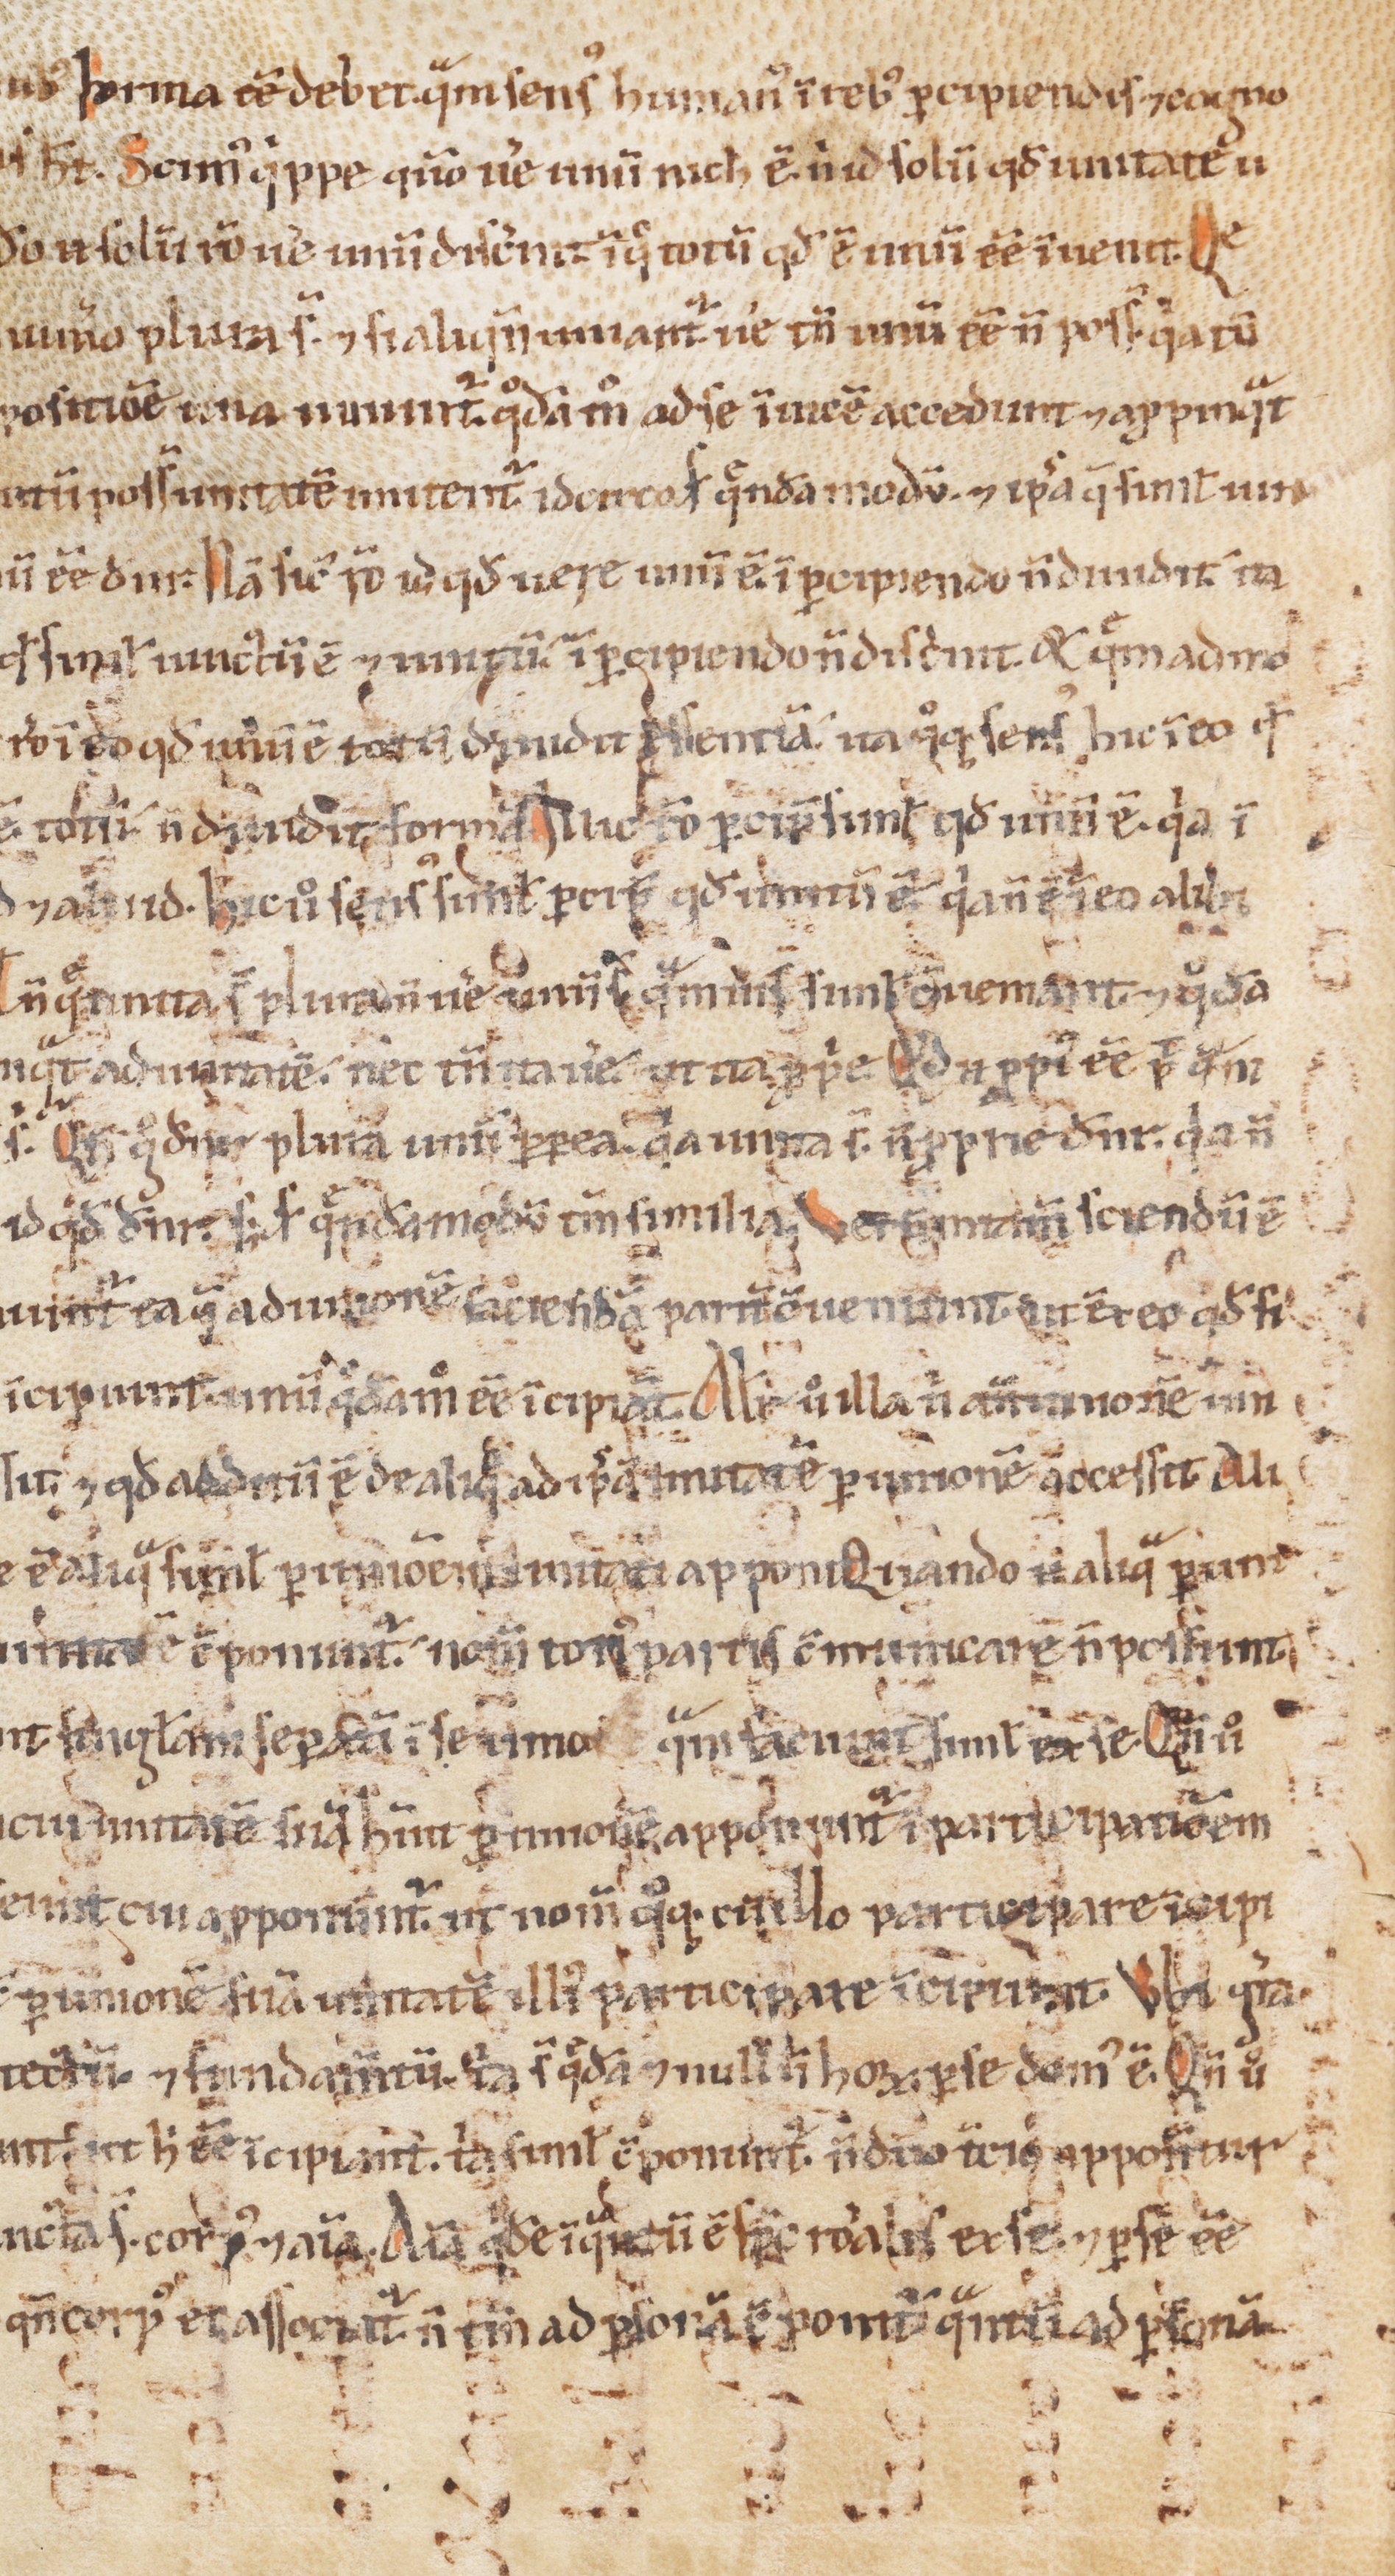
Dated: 1100–1199